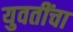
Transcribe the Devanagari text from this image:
युवतींचा